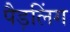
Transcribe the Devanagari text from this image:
पैड़लिंग